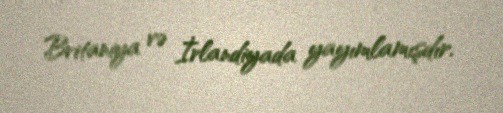
Britaniya və İrlandiyada yayımlamışdır.